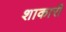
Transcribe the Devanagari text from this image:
शाकारी